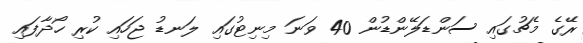
ރޭގެ މެޗުގައި ސަންޑަލޭންޑުން 40 ވަނަ މިނިޓުގައި ލަނޑު ޖަހައި ކުރި ހޯދާފައި